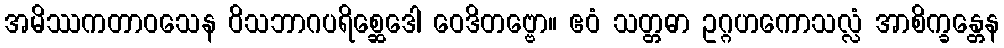
အမိဿကတာဝသေန ဝိသဘာဂပရိစ္ဆေဒေါ ဝေဒိတဗ္ဗော။ ဧဝံ သတ္တဓာ ဥဂ္ဂဟကောသလ္လံ အာစိက္ခန္တေန